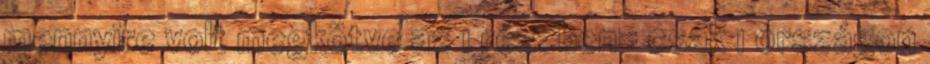
mennyire volt megkötve az 1 részben= csak 1 országon